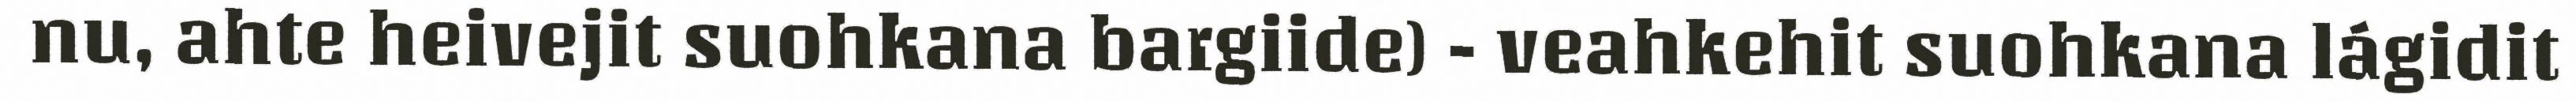
nu, ahte heivejit suohkana bargiide) - veahkehit suohkana lágidit